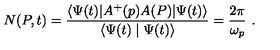
N ( P , t ) = \frac { \langle \Psi ( t ) | A ^ { + } ( p ) A ( P ) | \Psi ( t ) \rangle } { \langle \Psi ( t ) \mid \Psi ( t ) \rangle } = \frac { 2 \pi } { \omega _ { p } } \ .